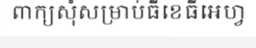
ពាក្យសុំសម្រាប់ធីខេធីអេហ្វ